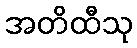
အတိထီသု